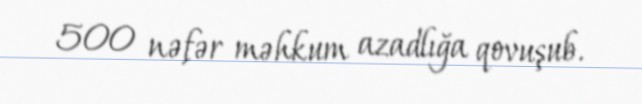
500 nəfər məhkum azadlığa qovuşub.